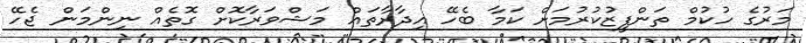
މަރުގެ ހުކުމް ތަންފީޒުކުރުމަށް ކަމާ ބެހޭ އިދާރާތައް މަޝްވަރާކޮށް ގޮތެއް ނިންމަން ޖެހޭ